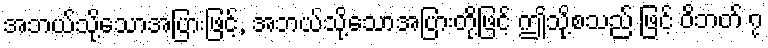
အဘယ်သို့သောအပြားဖြင့်, အဘယ်သို့သောအပြားတို့ဖြင့် ဤသို့စသည် ဖြင့် ဝိဘတ် ၇